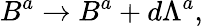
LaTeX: B^{a}\rightarrow B^{a}+d\Lambda^{a},